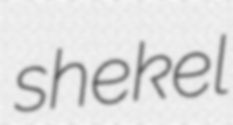
shekel